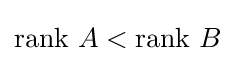
{\text{rank }}A<{\text{rank }}B